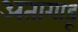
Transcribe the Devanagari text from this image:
अतागाडू